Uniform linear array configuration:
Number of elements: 48
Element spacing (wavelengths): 0.75
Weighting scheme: hann
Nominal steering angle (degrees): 45
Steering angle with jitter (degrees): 43.8
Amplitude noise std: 0.05
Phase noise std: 0.05

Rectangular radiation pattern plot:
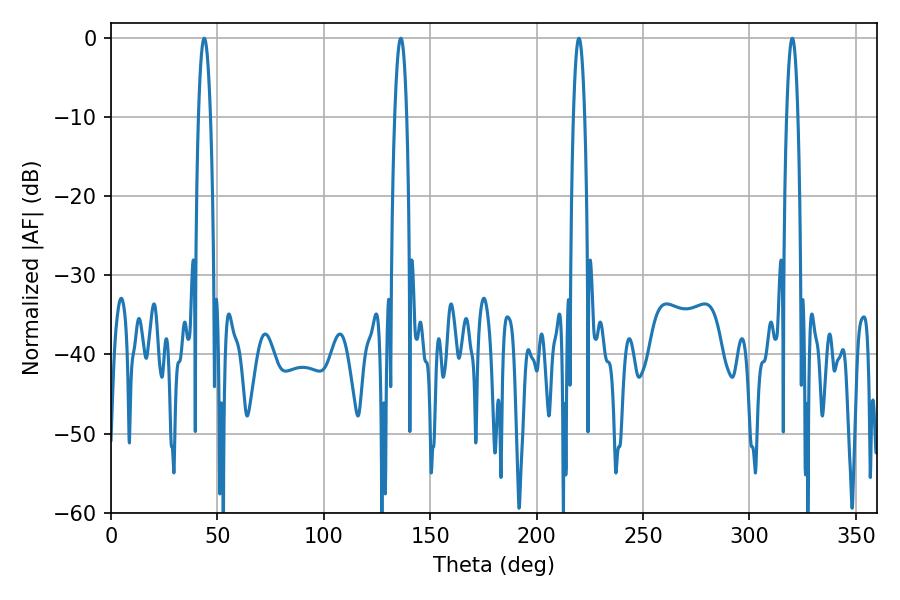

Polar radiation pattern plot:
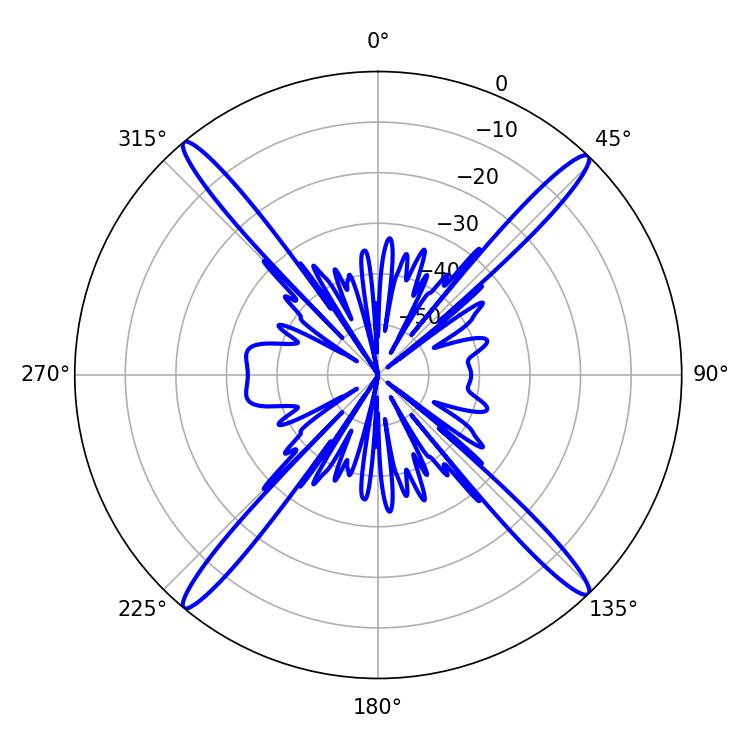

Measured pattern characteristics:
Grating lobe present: TRUE
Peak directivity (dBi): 22.774
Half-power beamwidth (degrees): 3.06
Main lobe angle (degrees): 43.74